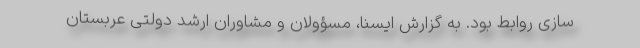
سازی روابط بود. به گزارش ایسنا، مسؤولان و مشاوران ارشد دولتی عربستان